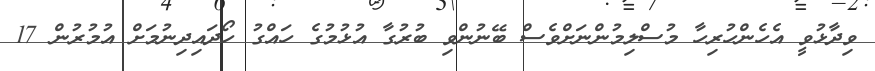
ވިދާޅުވީ އެހެންހުރިހާ މުސްލިމުންނަށްވެސް ބޭނުންވި ބުރުގާ އުޅުމުގެ ހައްގު ހޯދައިދިނުމަށް އުމުރުން 17